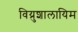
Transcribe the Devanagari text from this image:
विय्रुशालायिम